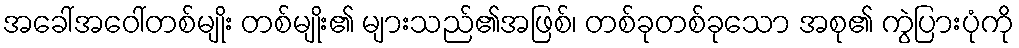
အခေါ်အဝေါ်တစ်မျိုး တစ်မျိုး၏ များသည်၏အဖြစ်၊ တစ်ခုတစ်ခုသော အစု၏ ကွဲပြားပုံကို